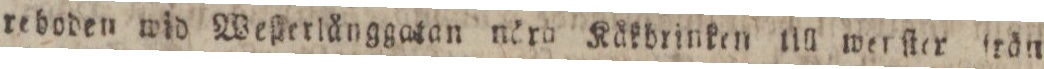
reboden wid Weſterlånggatan nära Käkbrinken till werſter trän